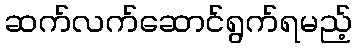
ဆက်လက်ဆောင်ရွက်ရမည့်